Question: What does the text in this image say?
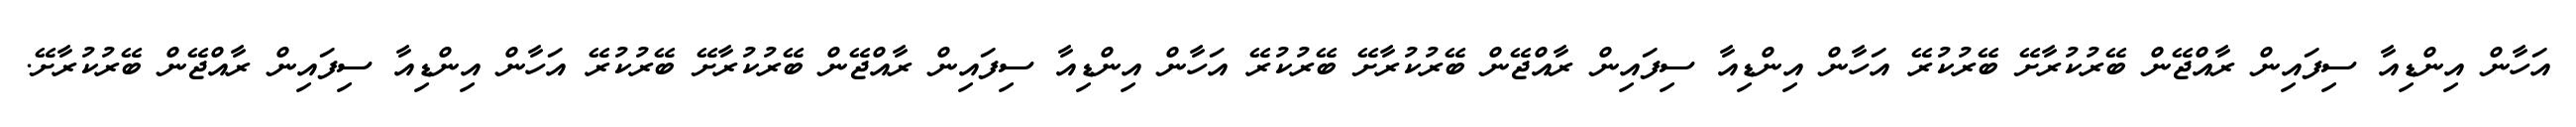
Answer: އަހާން އިންޑިއާ ސިފައިން ރާއްޖޭން ބޭރުކުރާށޭ ބޭރުކުރޭ އަހާން އިންޑިއާ ސިފައިން ރާއްޖޭން ބޭރުކުރާށޭ ބޭރުކުރޭ އަހާން އިންޑިއާ ސިފައިން ރާއްޖޭން ބޭރުކުރާށޭ ބޭރުކުރޭ އަހާން އިންޑިއާ ސިފައިން ރާއްޖޭން ބޭރުކުރާށޭ.